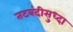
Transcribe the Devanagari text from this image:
तटबंदीसुध्दा